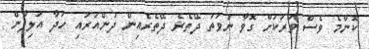
ކޮންމެ ވެސް ވަރަކަށް ގޮވާ ނުވަތަ ދޭތެރެ ދޭތެރެއިން ދުންއަރައި ހަދާ އަލިފާން